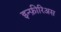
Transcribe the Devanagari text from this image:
इन्फ़ीरिअस